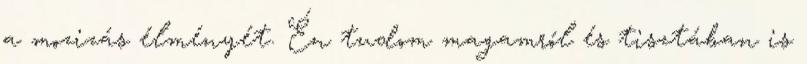
a mozizás élményét. Én tudom magamról és tisztában is